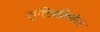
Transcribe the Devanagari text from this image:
सृष्टिप्रक्रियेला